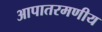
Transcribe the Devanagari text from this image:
आपातरमणीय